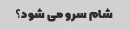
شام سرو می شود؟